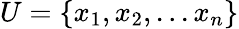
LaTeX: U=\{ x_{1},x_{2},...x_{n}\}